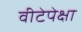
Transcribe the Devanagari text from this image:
वीटेपेक्षा